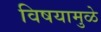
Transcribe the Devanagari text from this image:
विषयामुळे